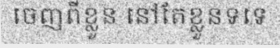
ចេញពីខ្លួន នៅតែខ្លួនទទេ